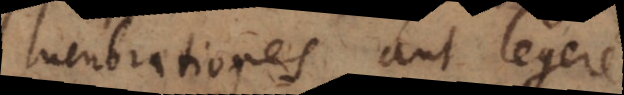
lucubrationes aut legere